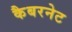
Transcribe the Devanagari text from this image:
कैबरनेट